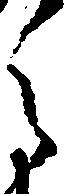
之